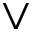
\lor